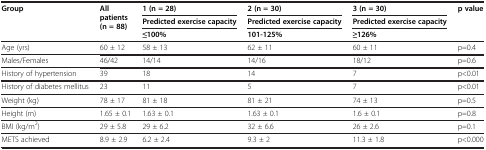
| <ROWSPAN=3> Group | <ROWSPAN=3> All patients (n = 88) | 1 (n = 28) | 2 (n = 30) | 3 (n = 30) | <ROWSPAN=3> p value |
 | Predicted exercise capacity | Predicted exercise capacity | Predicted exercise capacity |
 | ≤100% | 101-125% | ≥126% |
 | --- | --- | --- | --- | --- | --- |
 | Age (yrs) | 60 ± 12 | 58 ± 13 | 62 ± 11 | 60 ± 11 | p=0.4 |
 | Males/Females | 46/42 | 14/14 | 14/16 | 18/12 | p=0.6 |
 | History of hypertension | 39 | 18 | 14 | 7 | p<0.01 |
 | History of diabetes mellitus | 23 | 11 | 5 | 7 | p<0.01 |
 | Weight (kg) | 78 ± 17 | 81 ± 18 | 81 ± 21 | 74 ± 13 | p=0.5 |
 | Height (m) | 1.65 ± 0.1 | 1.63 ± 0.1 | 1.63 ± 0.1 | 1.6 ± 0.1 | p=0.8 |
 | BMI (kg/m2) | 29 ± 5.8 | 29 ± 6.2 | 32 ± 6.6 | 26 ± 2.6 | p=0.1 |
 | METS achieved | 8.9 ± 2.9 | 6.2 ± 2.4 | 9.3 ± 2 | 11.3 ± 1.8 | p<0.000 |